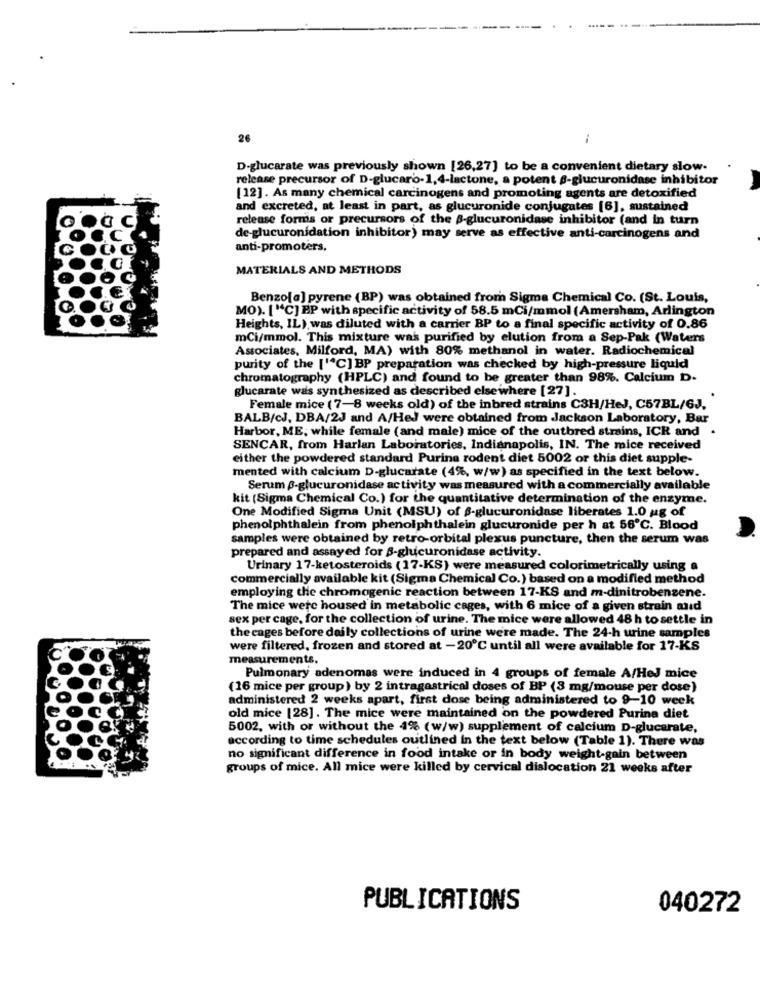
26
1
D-glucarate was previously shown [26,27] to be a convenient dietary slow-
release precursor of D-glucaro-1,4-lactone, a potent -glucuronidase inhibitor
[12]. As many chemical carcinogens and promoting agents are detoxified
and excreted, at least in part, as glucuronide conjugates [6], sustained
release formis or precursors of the B-glucuronidase inhibitor (and in turn
de-glucuronidation inhibitor) may serve as effective anti-carcinogens and
anti-promoters.
MATERIALS AND METHODS
Benzo[a] pyrene (BP) was obtained from Sigma Chemical Co. (St. Louis,
MO). ["C] PP with specific activity of 58.5 mCi/mmol (Amersham, Arlington
Heights, IL) was diluted with a carrier BP to a final specific activity of 0.86
mCi/mmol. This mixture was purified by elution from a Sep-Pak (Waters
Associates, Milford, MA) with 80% methanol in water. Radiochemical
purity of the ['ªC] BP preparation was checked by high-pressure liquid
chromatography (HPLC) and found to be greater than 98%. Calcium D.
glucarate was synthesized as described elsewhere [27].
Female mice (7-8 weeks old) of the inbred strains C3H/HeJ, C57BL/6J.
BALB/cJ, DBA/2J and A/HeJ were obtained from Jackson Laboratory, Bar
Harbor, ME, while female (and male) mice of the outbred strains, ICR and .
SENCAR, from Harlan Laboratories, Indianapolis, IN. The mice received
either the powdered standard Purine rodent diet 5002 or this diet supple-
mented with calcium D-glucarate (4%, w/w) as specified in the text below.
Serum B-glucuronidase activity was measured with a commercially available
kit (Sigma Chemical Co.) for the quantitative determination of the enzyme.
One Modified Sigma Unit (MSU) of $-glucuronidase liberates 1.0 ug of
phenolphthalein from phenolphthalein glucuronide per h at 56℃. Blood
samples were obtained by retro-orbital plexus puncture, then the serum was
prepared and assayed for B-glucuronidase activity.
Urinary 17-ketosteroids (17-KS) were measured colorimetrically using a
commercially available kit (Sigma Chemical Co.) based on a modified method
employing the chromogenic reaction between 17-KS and m-dinitrobenzene.
The mice were housed in metabolic cages, with 6 mice of a given strain and
sex per cage, for the collection of urine. The mice were allowed 48 h to settle in
the cages before daily collections of urine were made. The 24-h urine samples
were filtered, frozen and stored at -20℃ until all were available for 17-KS
measurements.
Pulmonary adenomas were induced in 4 groups of female A/HeJ mice
(16 mice per group) by 2 intragastrical doses of BP (8 mg/mouse per dose)
administered 2 weeks apart, first dose being administered to 9-10 week
old mice [28]. The mice were maintained on the powdered Purina diet
5002, with or without the 4% (w/w) supplement of calcium D-glucarate,
according to time schedules outlined in the text below (Table 1). There was
no significant difference in food intake or in body weight-gain between
groups of mice. All mice were killed by cervical dislocation 21 weeks after
PUBLICATIONS
040272